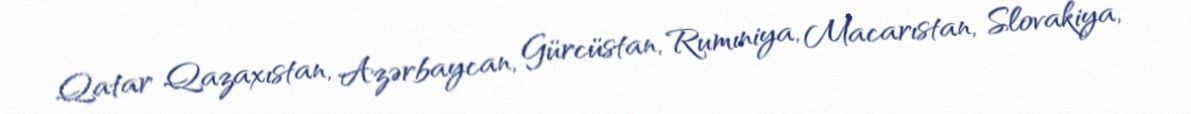
Qatar Qazaxıstan, Azərbaycan, Gürcüstan, Rumıniya, Macarıstan, Slovakiya,